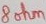
Text: 8ohm